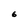
Character: 6